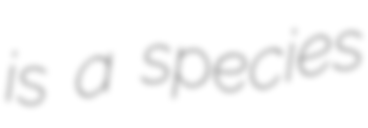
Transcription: is a species